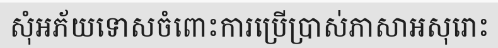
សុំអភ័យទោសចំពោះការប្រើប្រាស់ភាសាអសុរោះ